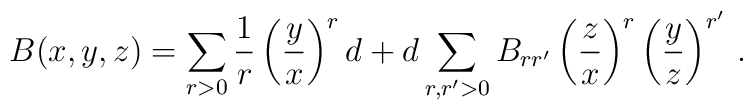
B(x,y,z)=\sum_{r>0}{1\over r}\left({y\over x}\right)^rd+d\sum_{r,r'>0}B_{rr'}\left({z\over x}\right)^r\left({y\over z}\right)^{r'}\,.